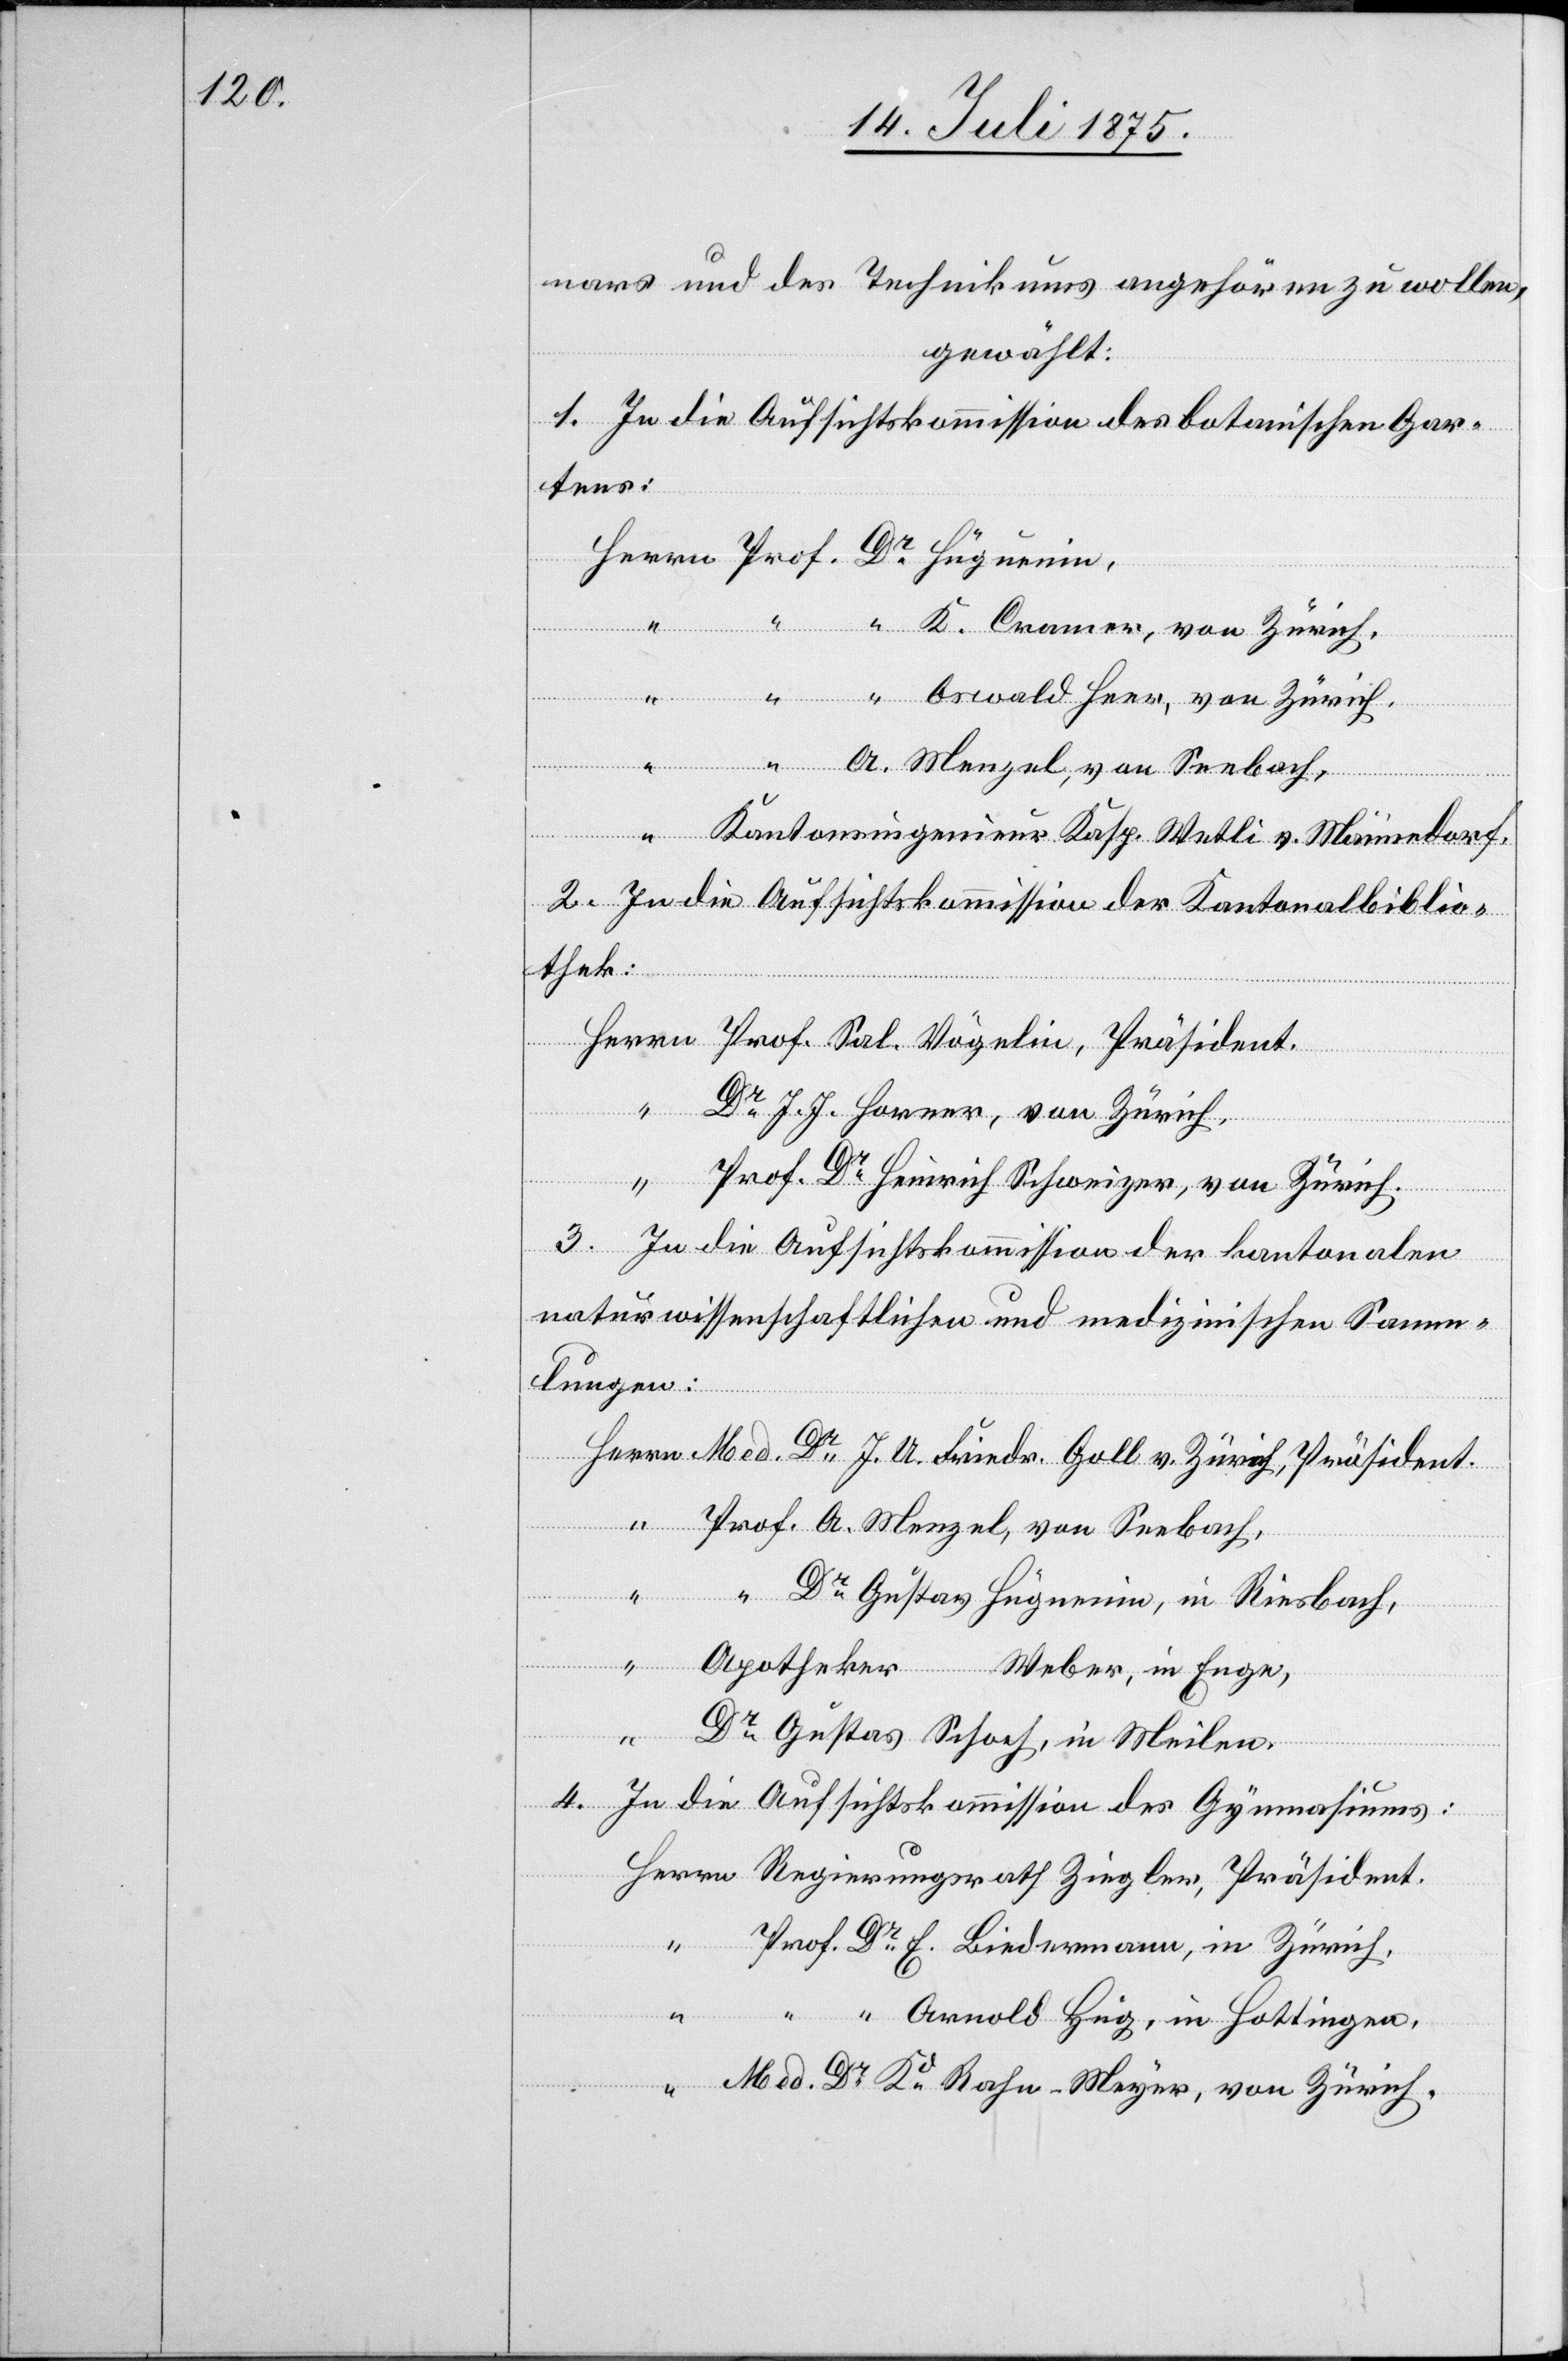
nars und des Technikums angehören zu wollen,
gewählt:
1. In die Aufsichtskommission des botanischen Gar¬
tens:
A. Menzel, von Seebach,
Kantonsingenieur Kasp. Wetli v. Männedorf.
2. In die Aufsichtskommission der Kantonalbiblio¬
thek:
von
“
Dr J. J. Horner, von Zürich,
“
Prof. Dr Heinrich Schweizer, von Zürich.
3. In die Aufsichtskommission der kantonalen
naturwissenschaftlichen und medizinischen Samm¬
lungen:
Med. Dr J. U. Friedr. Goll v. Zürich, Präsident.
Herrn
Prof. A. Menzel, von Seebach,
“ Dr Gustav Hüguenin, in Riesbach,
Apotheker Weber, in Enge,
Dr Gustav Schoch, in Meilen.
4. In die Aufsichtskommission des Gymnasiums:
Prof. Dr E. Biedermann, in Zürich,
“ “ Arnold Hug, in Hottingen,
Med. Dr Kd Rahn-Meyer, von Zürich